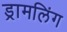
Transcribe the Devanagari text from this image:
ड्रामलिंग